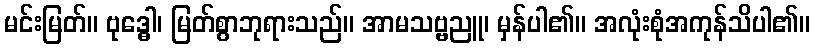
မင်းမြတ်။ ဗုဒ္ဓေါ၊ မြတ်စွာဘုရားသည်။ အာမသဗ္ဗညူ၊ မှန်ပါ၏။ အလုံးစုံအကုန်သိပါ၏။